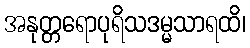
အနုတ္တရောပုရိသဒမ္မသာရထိ၊